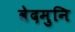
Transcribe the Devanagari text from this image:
वेदमुनि